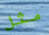
مثل